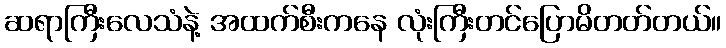
ဆရာကြီးလေသံနဲ့ အထက်စီးကနေ လုံးကြီးတင်ပြောမိတတ်တယ်။